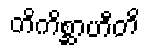
တိကိစ္ဆာဟီတိ